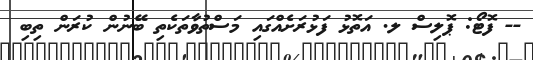
-- ފޮޓޯ: ޕޮލިސް ލ. އަތޮޅު ފަޅުރަށެއްގައި މަސްތުވާތަކެތި ބޭނުން ކުރަން ތިބި